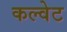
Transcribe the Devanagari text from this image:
कल्वेट